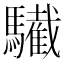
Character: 𩦷